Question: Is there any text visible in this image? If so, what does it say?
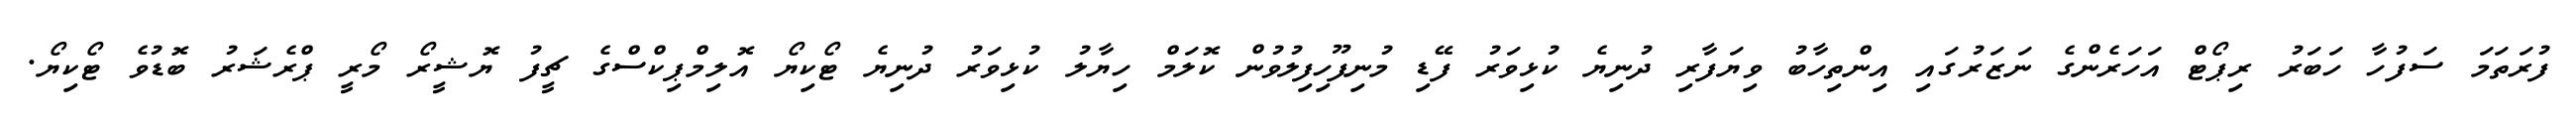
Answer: ފުރަތަމަ ސަފުހާ ހަބަރު ރިޕޯޓް އަހަރެންގެ ނަޒަރުގައި އިންތިހާބު ވިޔަފާރި ދުނިޔެ ކުޅިވަރު ފޭޑި މުނިފޫހިފިލުވުން ކޮލަމް ހިޔާލު ކުޅިވަރު ދުނިޔެ ޓޯކިޔޯ އޮލިމްޕިކްސްގެ ޗީފު ޔޮޝީރޯ މޯރީ ޕްރެޝަރު ބޮޑުވެ ޓޯކިޔޯ.